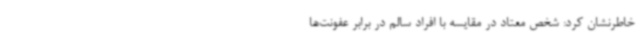
خاطرنشان کرد: شخص معتاد در مقایسه ‌با افراد سالم در برابر عفونت‌ها